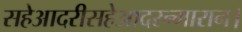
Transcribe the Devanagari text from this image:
सहेआदरीसहेआदरन्मारान।